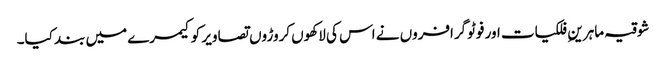
شوقیہ ماہرینِ فلکیات اور فوٹوگرافروں نے اس کی لاکھوں کروڑوں تصاویر کو کیمرے میں بند کیا۔